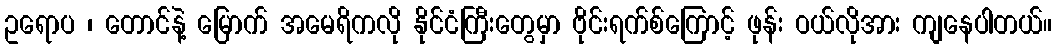
ဥရောပ ၊ တောင်နဲ့ မြောက် အမေရိကလို နိုင်ငံကြီးတွေမှာ ဗိုင်းရက်စ်ကြောင့် ဖုန်း ဝယ်လိုအား ကျနေပါတယ်။